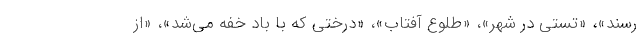
رسند»، «تستی در شهر»، «طلوع آفتاب»، «درختی که با باد خفه می‌شد»، «از